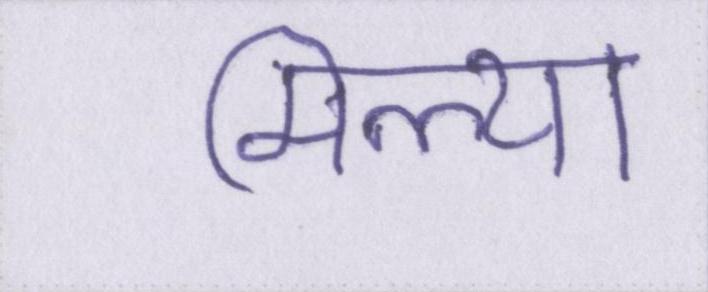
मिल्या